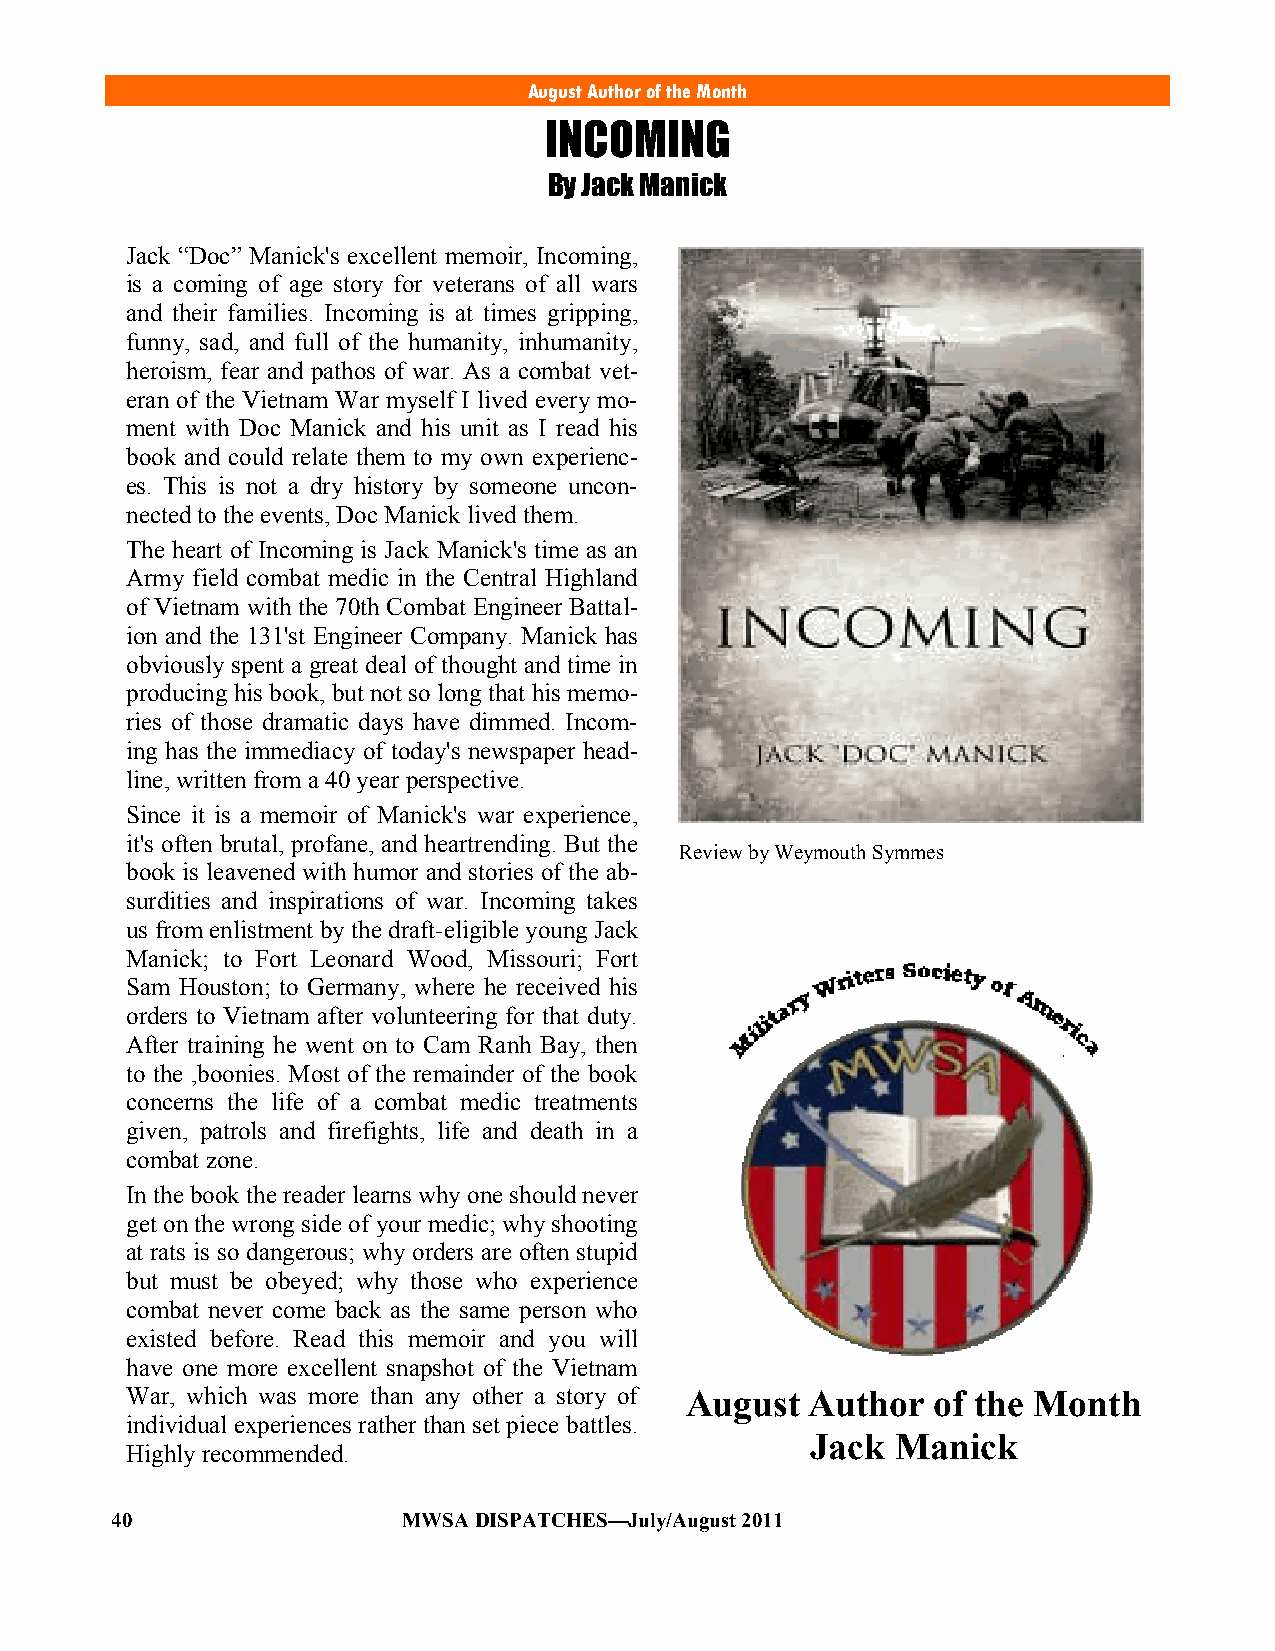
August Author of the Month
 INCOMING
 By Jack Manick
 Jack ―Doc‖ Manick's excellent memoir, Incoming,
 is a coming of age story for veterans of all wars
 and their families. Incoming is at times gripping,
 funny, sad, and full of the humanity, inhumanity,
 heroism, fear and pathos of war. As a combat vet-
 eran of the Vietnam War myself I lived every mo-
 ment with Doc Manick and his unit as I read his
 book and could relate them to my own experienc-
 es. This is not a dry history by someone uncon-
 nected to the events, Doc Manick lived them.
 The heart of Incoming is Jack Manick's time as an
 Army field combat medic in the Central Highland
 of Vietnam with the 70th Combat Engineer Battal-
 ion and the 131'st Engineer Company. Manick has
 obviously spent a great deal of thought and time in
 producing his book, but not so long that his memo-
 ries of those dramatic days have dimmed. Incom-
 ing has the immediacy of today's newspaper head-
 line, written from a 40 year perspective.
 Since it is a memoir of Manick's war experience,
 it's often brutal, profane, and heartrending. But the
 Review by Weymouth Symmes
 book is leavened with humor and stories of the ab-
 surdities and inspirations of war. Incoming takes
 us from enlistment by the draft-eligible young Jack
 Manick; to Fort Leonard Wood, Missouri; Fort
 Sam Houston; to Germany, where he received his
 orders to Vietnam after volunteering for that duty.
 After training he went on to Cam Ranh Bay, then
 to the ,boonies. Most of the remainder of the book
 concerns the life of a combat medic treatments
 given, patrols and firefights, life and death in a
 combat zone.
 In the book the reader learns why one should never
 get on the wrong side of your medic; why shooting
 at rats is so dangerous; why orders are often stupid
 but must be obeyed; why those who experience
 combat never come back as the same person who
 existed before. Read this memoir and you will
 have one more excellent snapshot of the Vietnam
 War, which was more than any other a story of August Author of the Month
 individual experiences rather than set piece battles.
 Jack Manick
 Highly recommended.
 40                  MWSA DISPATCHES—July/August 2011